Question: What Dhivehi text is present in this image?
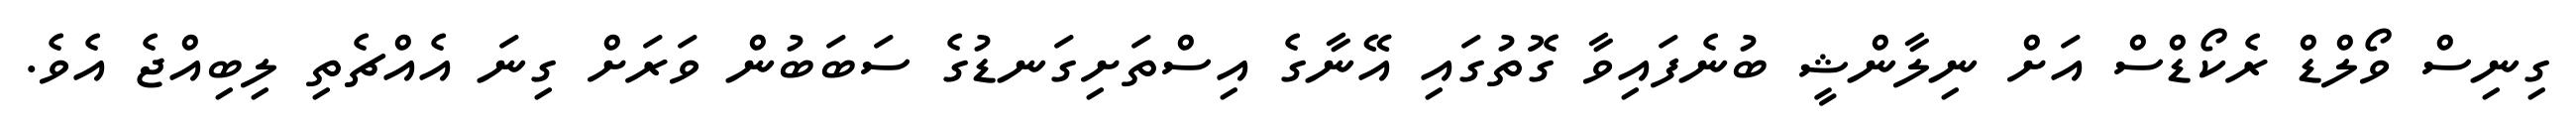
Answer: ގިނިސް ވޯލްޑް ރެކޯޑްސް އަށް ނިލާންޝީ ބުނެފައިވާ ގޮތުގައި އޭނާގެ އިސްތަށިގަނޑުގެ ސަބަބުން ވަރަށް ގިނަ އެއްޗެތި ލިބިއްޖެ އެވެ.